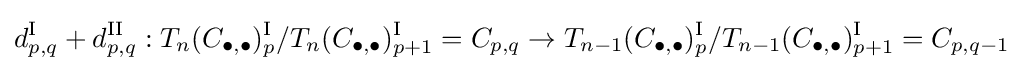
d_{p,q}^{\textrm {I}}+d_{p,q}^{\textrm {II}}:T_{n}(C_{\bullet ,\bullet })_{p}^{\textrm {I}}/T_{n}(C_{\bullet ,\bullet })_{p+1}^{\textrm {I}}=C_{p,q}\rightarrow T_{n-1}(C_{\bullet ,\bullet })_{p}^{\textrm {I}}/T_{n-1}(C_{\bullet ,\bullet })_{p+1}^{\textrm {I}}=C_{p,q-1}